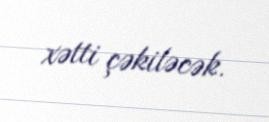
xətti çəkiləcək.